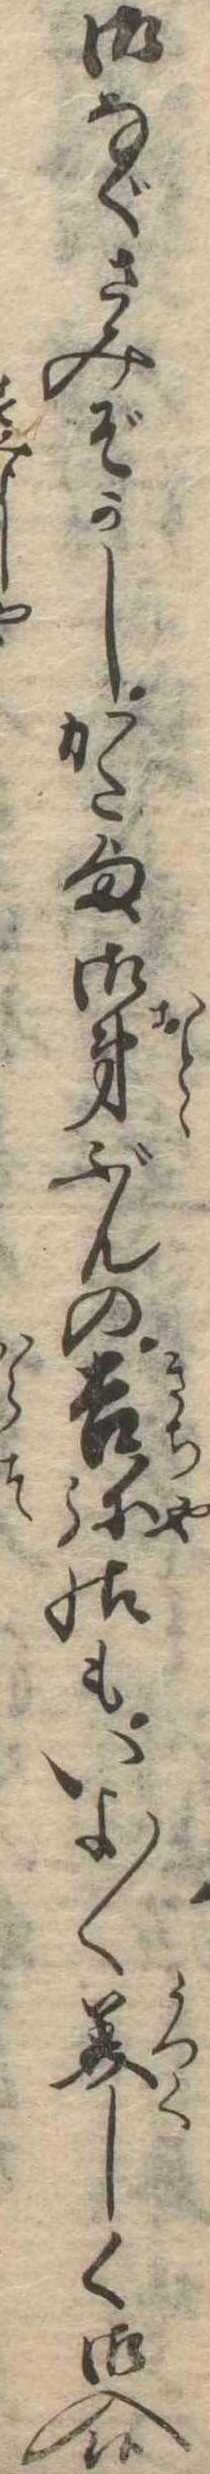
御なぐさみぞかしかた様御弟ぶんの吉弥様もいよ〱美しく御入候